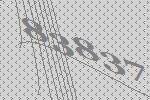
83837